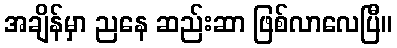
အချိန်မှာ ညနေ ဆည်းဆာ ဖြစ်လာလေပြီ။